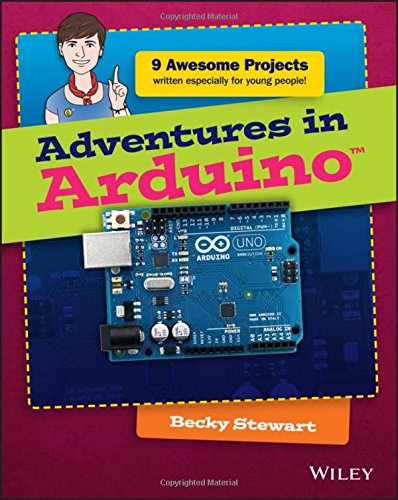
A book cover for Adventures in Arduino; Becky Stewart; Computers & Technology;